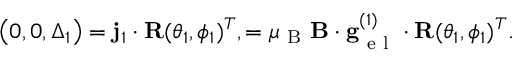
\left( 0 , 0 , \Delta _ { 1 } \right) = \mathbf { j } _ { 1 } \cdot \mathbf { R } ( \theta _ { 1 } , \phi _ { 1 } ) ^ { T } , = \mu _ { \mathrm { ~ B ~ } } \mathbf { B } \cdot \mathbf { g } _ { \mathrm { ~ e ~ l ~ } } ^ { ( 1 ) } \cdot \mathbf { R } ( \theta _ { 1 } , \phi _ { 1 } ) ^ { T } .